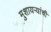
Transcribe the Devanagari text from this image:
मुशायर्‍यांची